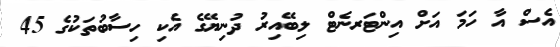
އެސް އާ ހަމަ އަށް އިންޓަރނެޓް ލިބޭއިރު ދުނިޔޭގެ އެކި ހިސާބުތަކުގެ 45